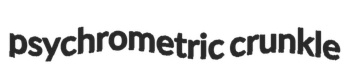
psychrometric crunkle